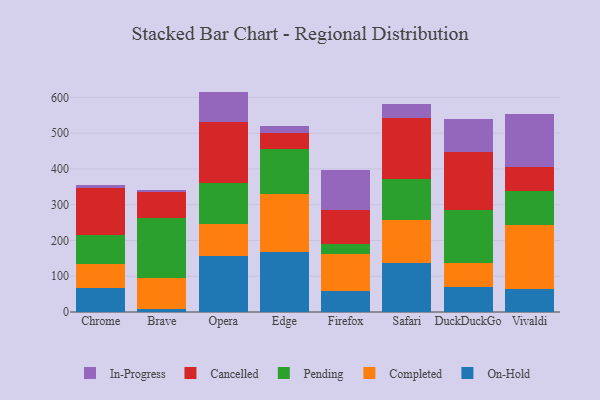
{"axis": {"x": "Browser", "y": "Conversion Rate (%)"}, "legend": ["Cancelled", "Completed", "In-Progress", "On-Hold", "Pending"], "data": [{"x": "Chrome", "y": 67.9, "type": "On-Hold"}, {"x": "Chrome", "y": 67.6, "type": "Completed"}, {"x": "Chrome", "y": 79.0, "type": "Pending"}, {"x": "Chrome", "y": 133.4, "type": "Cancelled"}, {"x": "Chrome", "y": 6.9, "type": "In-Progress"}, {"x": "Brave", "y": 7.2, "type": "On-Hold"}, {"x": "Brave", "y": 88.9, "type": "Completed"}, {"x": "Brave", "y": 167.8, "type": "Pending"}, {"x": "Brave", "y": 70.8, "type": "Cancelled"}, {"x": "Brave", "y": 7.4, "type": "In-Progress"}, {"x": "Opera", "y": 156.5, "type": "On-Hold"}, {"x": "Opera", "y": 88.2, "type": "Completed"}, {"x": "Opera", "y": 115.6, "type": "Pending"}, {"x": "Opera", "y": 171.6, "type": "Cancelled"}, {"x": "Opera", "y": 84.3, "type": "In-Progress"}, {"x": "Edge", "y": 167.5, "type": "On-Hold"}, {"x": "Edge", "y": 162.4, "type": "Completed"}, {"x": "Edge", "y": 124.5, "type": "Pending"}, {"x": "Edge", "y": 47.1, "type": "Cancelled"}, {"x": "Edge", "y": 17.5, "type": "In-Progress"}, {"x": "Firefox", "y": 58.2, "type": "On-Hold"}, {"x": "Firefox", "y": 104.0, "type": "Completed"}, {"x": "Firefox", "y": 27.2, "type": "Pending"}, {"x": "Firefox", "y": 96.9, "type": "Cancelled"}, {"x": "Firefox", "y": 110.4, "type": "In-Progress"}, {"x": "Safari", "y": 137.7, "type": "On-Hold"}, {"x": "Safari", "y": 120.4, "type": "Completed"}, {"x": "Safari", "y": 115.1, "type": "Pending"}, {"x": "Safari", "y": 169.6, "type": "Cancelled"}, {"x": "Safari", "y": 37.6, "type": "In-Progress"}, {"x": "DuckDuckGo", "y": 69.0, "type": "On-Hold"}, {"x": "DuckDuckGo", "y": 68.3, "type": "Completed"}, {"x": "DuckDuckGo", "y": 149.2, "type": "Pending"}, {"x": "DuckDuckGo", "y": 160.3, "type": "Cancelled"}, {"x": "DuckDuckGo", "y": 92.6, "type": "In-Progress"}, {"x": "Vivaldi", "y": 65.3, "type": "On-Hold"}, {"x": "Vivaldi", "y": 177.9, "type": "Completed"}, {"x": "Vivaldi", "y": 95.7, "type": "Pending"}, {"x": "Vivaldi", "y": 66.6, "type": "Cancelled"}, {"x": "Vivaldi", "y": 147.2, "type": "In-Progress"}]}